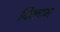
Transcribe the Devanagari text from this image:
विक्टम